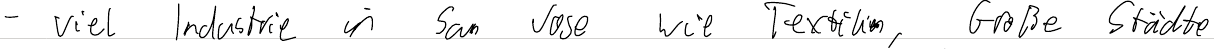
- viel Industrie in San Jose wie Textilien, Große Städte